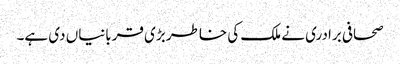
صحافی برادری نے ملک کی خاطر بڑی قربانیاں دی ہے۔